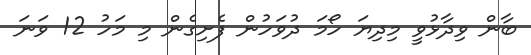
ބާން ވިދާޅުވީ މިދިޔަ ހޯމަ ދުވަހުން ފެށިގެން މި މަހު 12 ވަނަ